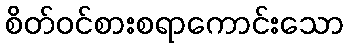
စိတ်ဝင်စားစရာကောင်းသော